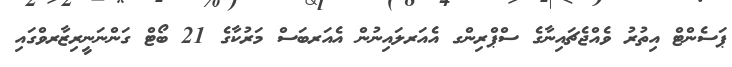
ޕަސެންޓް އިތުރު ވެއްޖެޗައިނާގެ ސްޕްރިންގ އެއަރލައިނުން އެއަރބަސް މަރުކާގެ 21 ބޯޓް ގަންނަނީރިޒާރވްގައި